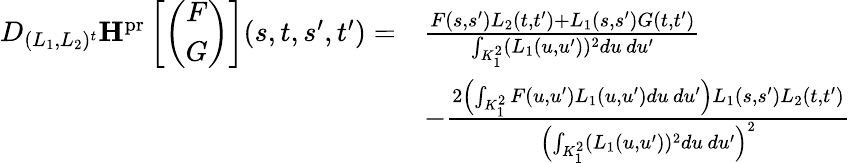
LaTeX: \begin{array}{rl}{D_{(L_{1},L_{2})^{t}}\mathbf{H}^{\mathrm{pr}}\left[\left(\begin{array}{c}{F}\\ {G}\end{array}\right)\right](s,t,s^{\prime},t^{\prime})=}&{\frac{F(s,s^{\prime})L_{2}(t,t^{\prime})+L_{1}(s,s^{\prime})G(t,t^{\prime})}{\int_{K_{1}^{2}}(L_{1}(u,u^{\prime}))^{2}du\, du^{\prime}}}\\ &{-\frac{2\left(\int_{K_{1}^{2}}F(u,u^{\prime})L_{1}(u,u^{\prime})du\, du^{\prime}\right)L_{1}(s,s^{\prime})L_{2}(t,t^{\prime})}{\left(\int_{K_{1}^{2}}(L_{1}(u,u^{\prime}))^{2}du\, du^{\prime}\right)^{2}}}\end{array}